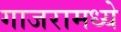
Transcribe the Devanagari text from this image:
गाजरामध्ये